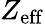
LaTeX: Z_{\mathrm{eff}}